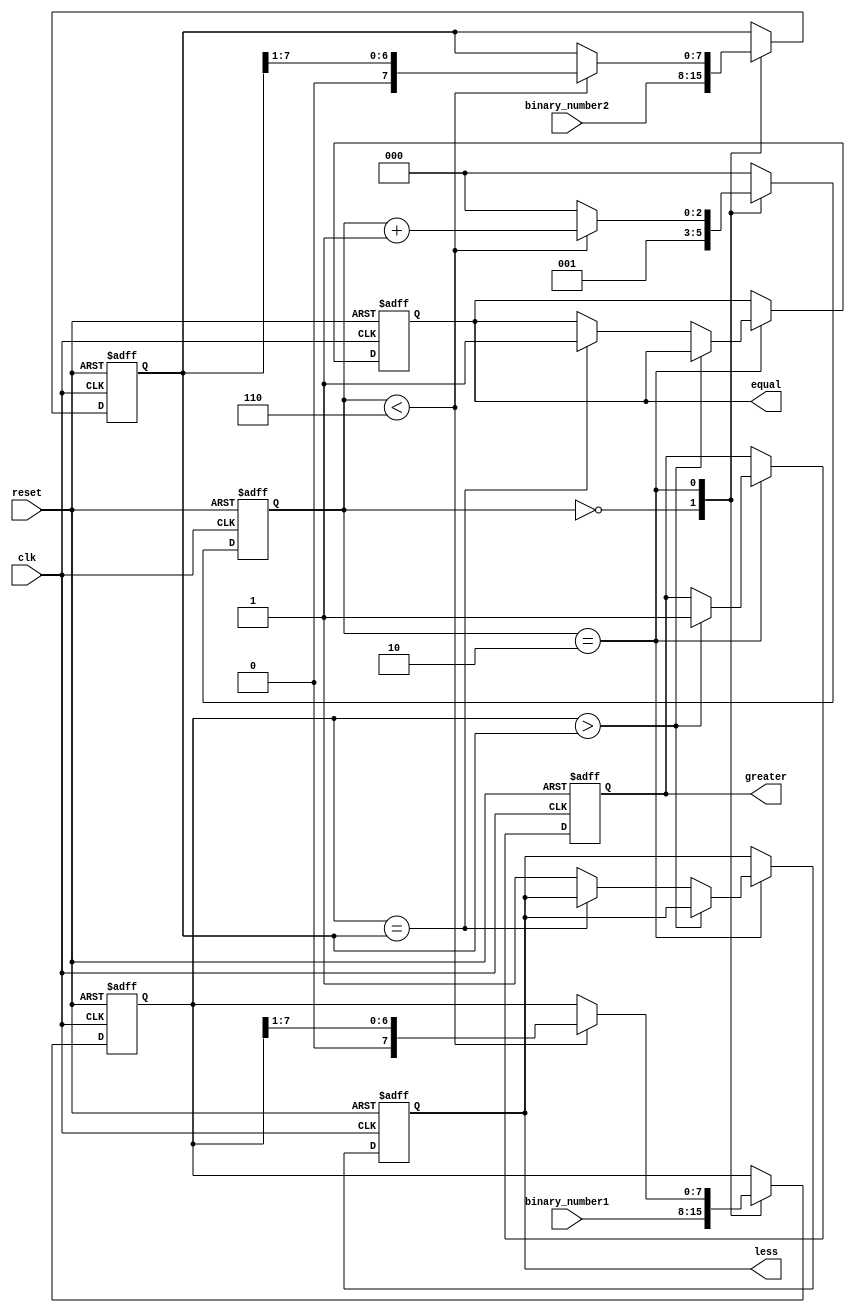
module serial_comparator (
    input wire clk,
    input wire reset,
    input wire [7:0] binary_number1,
    input wire [7:0] binary_number2,
    output reg greater,
    output reg equal,
    output reg less
);

reg [7:0] reg1;
reg [7:0] reg2;
reg [2:0] state;

always @(posedge clk or posedge reset) begin
    if (reset) begin
        reg1 <= 8'b0;
        reg2 <= 8'b0;
        state <= 3'b0;
        greater <= 1'b0;
        equal <= 1'b0;
        less <= 1'b0;
    end else begin
        case (state)
            3'b000: begin
                reg1 <= binary_number1;
                reg2 <= binary_number2;
                state <= 3'b001;
            end
            3'b1_0_: begin
                if (reg1 > reg2) begin
                    greater <= 1'b1;
                end else if (reg1 == reg2) begin
                    equal <= 1'b1;
                end else begin
                    less <= 1'b1;
                end

                if (state < 3'b110) begin
                    state <= state + 1;
                    reg1 <= reg1 >> 1;
                    reg2 <= reg2 >> 1;
                end else begin
                    state <= 3'b0;
                end
            end
            default: state <= 3'b0;
        endcase
    end
end

endmodule